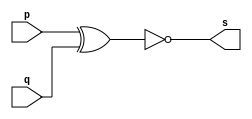
// ------------------------- 
// Exemplo0008 - XNOR 
// Nome: Andr Henriques Fernandes 
// ------------------------- 
 
// --------------------- 
// -- xnor gate 
// ---------------------

module xnorgate (output s, input p, input q);
	assign s = ~(p^q);
endmodule // xnorgate

module testxnorgate;
	reg a,b;
	wire s;
	xnorgate XNOR1 (s, a, b);
	initial begin:start
		a=0;
		b=0;
	end
	initial begin:main
		$display("~(a ^ b) = s");
		$monitor("~(%b ^ %b) = %b",a,b,s);
		#1 a=0; b=1;
		$monitor("~(%b ^ %b) = %b",a,b,s);
		#1 a=1; b=0;
		$monitor("~(%b ^ %b) = %b",a,b,s);
		#1 a=1; b=1;
		$monitor("~(%b ^ %b) = %b",a,b,s);
	end
endmodule //testxnorgate